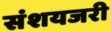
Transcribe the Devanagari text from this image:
संशयजरी